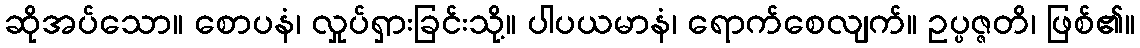
ဆိုအပ်သော။ စောပနံ၊ လှုပ်ရှားခြင်းသို့။ ပါပယမာနံ၊ ရောက်စေလျက်။ ဥပ္ပဇ္ဇတိ၊ ဖြစ်၏။